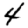
Digit: 4